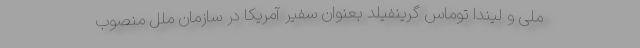
ملی و لیندا توماس گرینفیلد بعنوان سفیر آمریکا در سازمان ملل منصوب